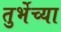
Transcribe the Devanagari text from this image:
तुर्भेच्या